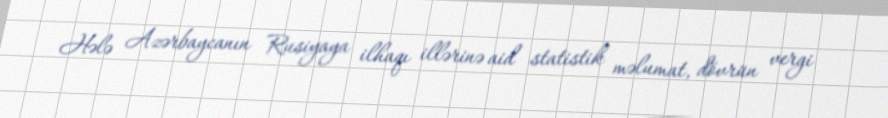
Hələ Azərbaycanın Rusiyaya ilhaqı illərinə aid statistik məlumat, dövrün vergi